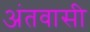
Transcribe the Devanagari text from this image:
अंतवासी